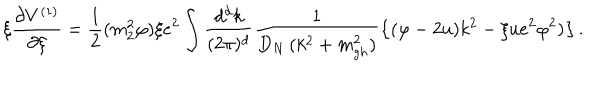
\xi \frac { \partial V ^ { ( 1 ) } } { \partial \xi } = \frac 1 2 ( m _ { 2 } ^ { 2 } \varphi ) \xi e ^ { 2 } \int \frac { d ^ { d } k } { ( 2 \pi ) ^ { d } } \frac 1 { D _ { N } \, ( k ^ { 2 } + m _ { g h } ^ { 2 } ) } \left\{ ( \varphi - 2 u ) k ^ { 2 } - \xi u e ^ { 2 } \varphi ^ { 2 } ) \right\} .